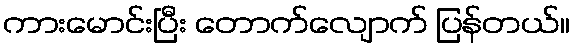
ကားမောင်းပြီး တောက်လျောက် ပြန်တယ်။